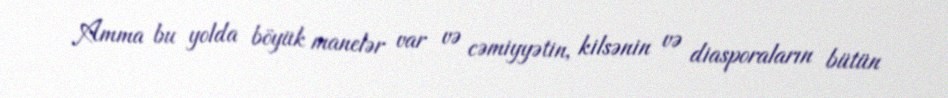
Amma bu yolda böyük manelər var və cəmiyyətin, kilsənin və diasporaların bütün